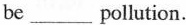
be ___pollution.